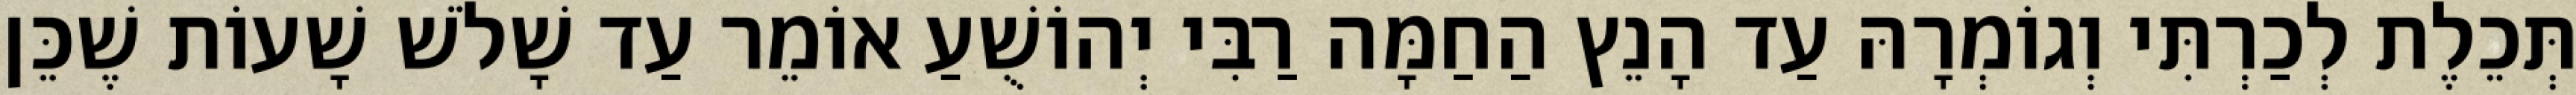
תְּכֵלֶת לְכַרְתִּי וְגוֹמְרָהּ עַד הָנֵץ הַחַמָּה רַבִּי יְהוֹשֻׁעַ אוֹמֵר עַד שָׁלֹשׁ שָׁעוֹת שֶׁכֵּן